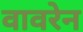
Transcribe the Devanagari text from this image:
वावरेन